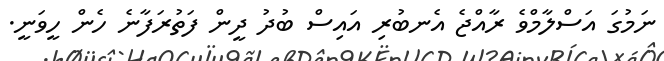
ނަމުގަ އަސްލާމްވެ ރާއްޖެ އެނބުރި އައިސް ބުދު ދީން ފަތުރަފާނެ ހެން ހީވަނީ.